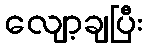
လျော့ချပြီး